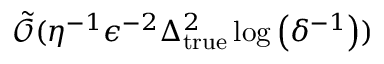
\tilde { \mathcal { O } } ( \eta ^ { - 1 } \epsilon ^ { - 2 } \Delta _ { \mathrm { t r u e } } ^ { 2 } \log \left( \delta ^ { - 1 } \right) )